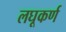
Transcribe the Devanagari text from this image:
लघूकर्ण